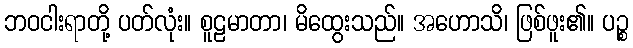
ဘဝငါးရာတို့ ပတ်လုံး။ စူဠမာတာ၊ မိထွေးသည်။ အဟောသိ၊ ဖြစ်ဖူး၏။ ပဉ္စ